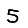
Digit: 5